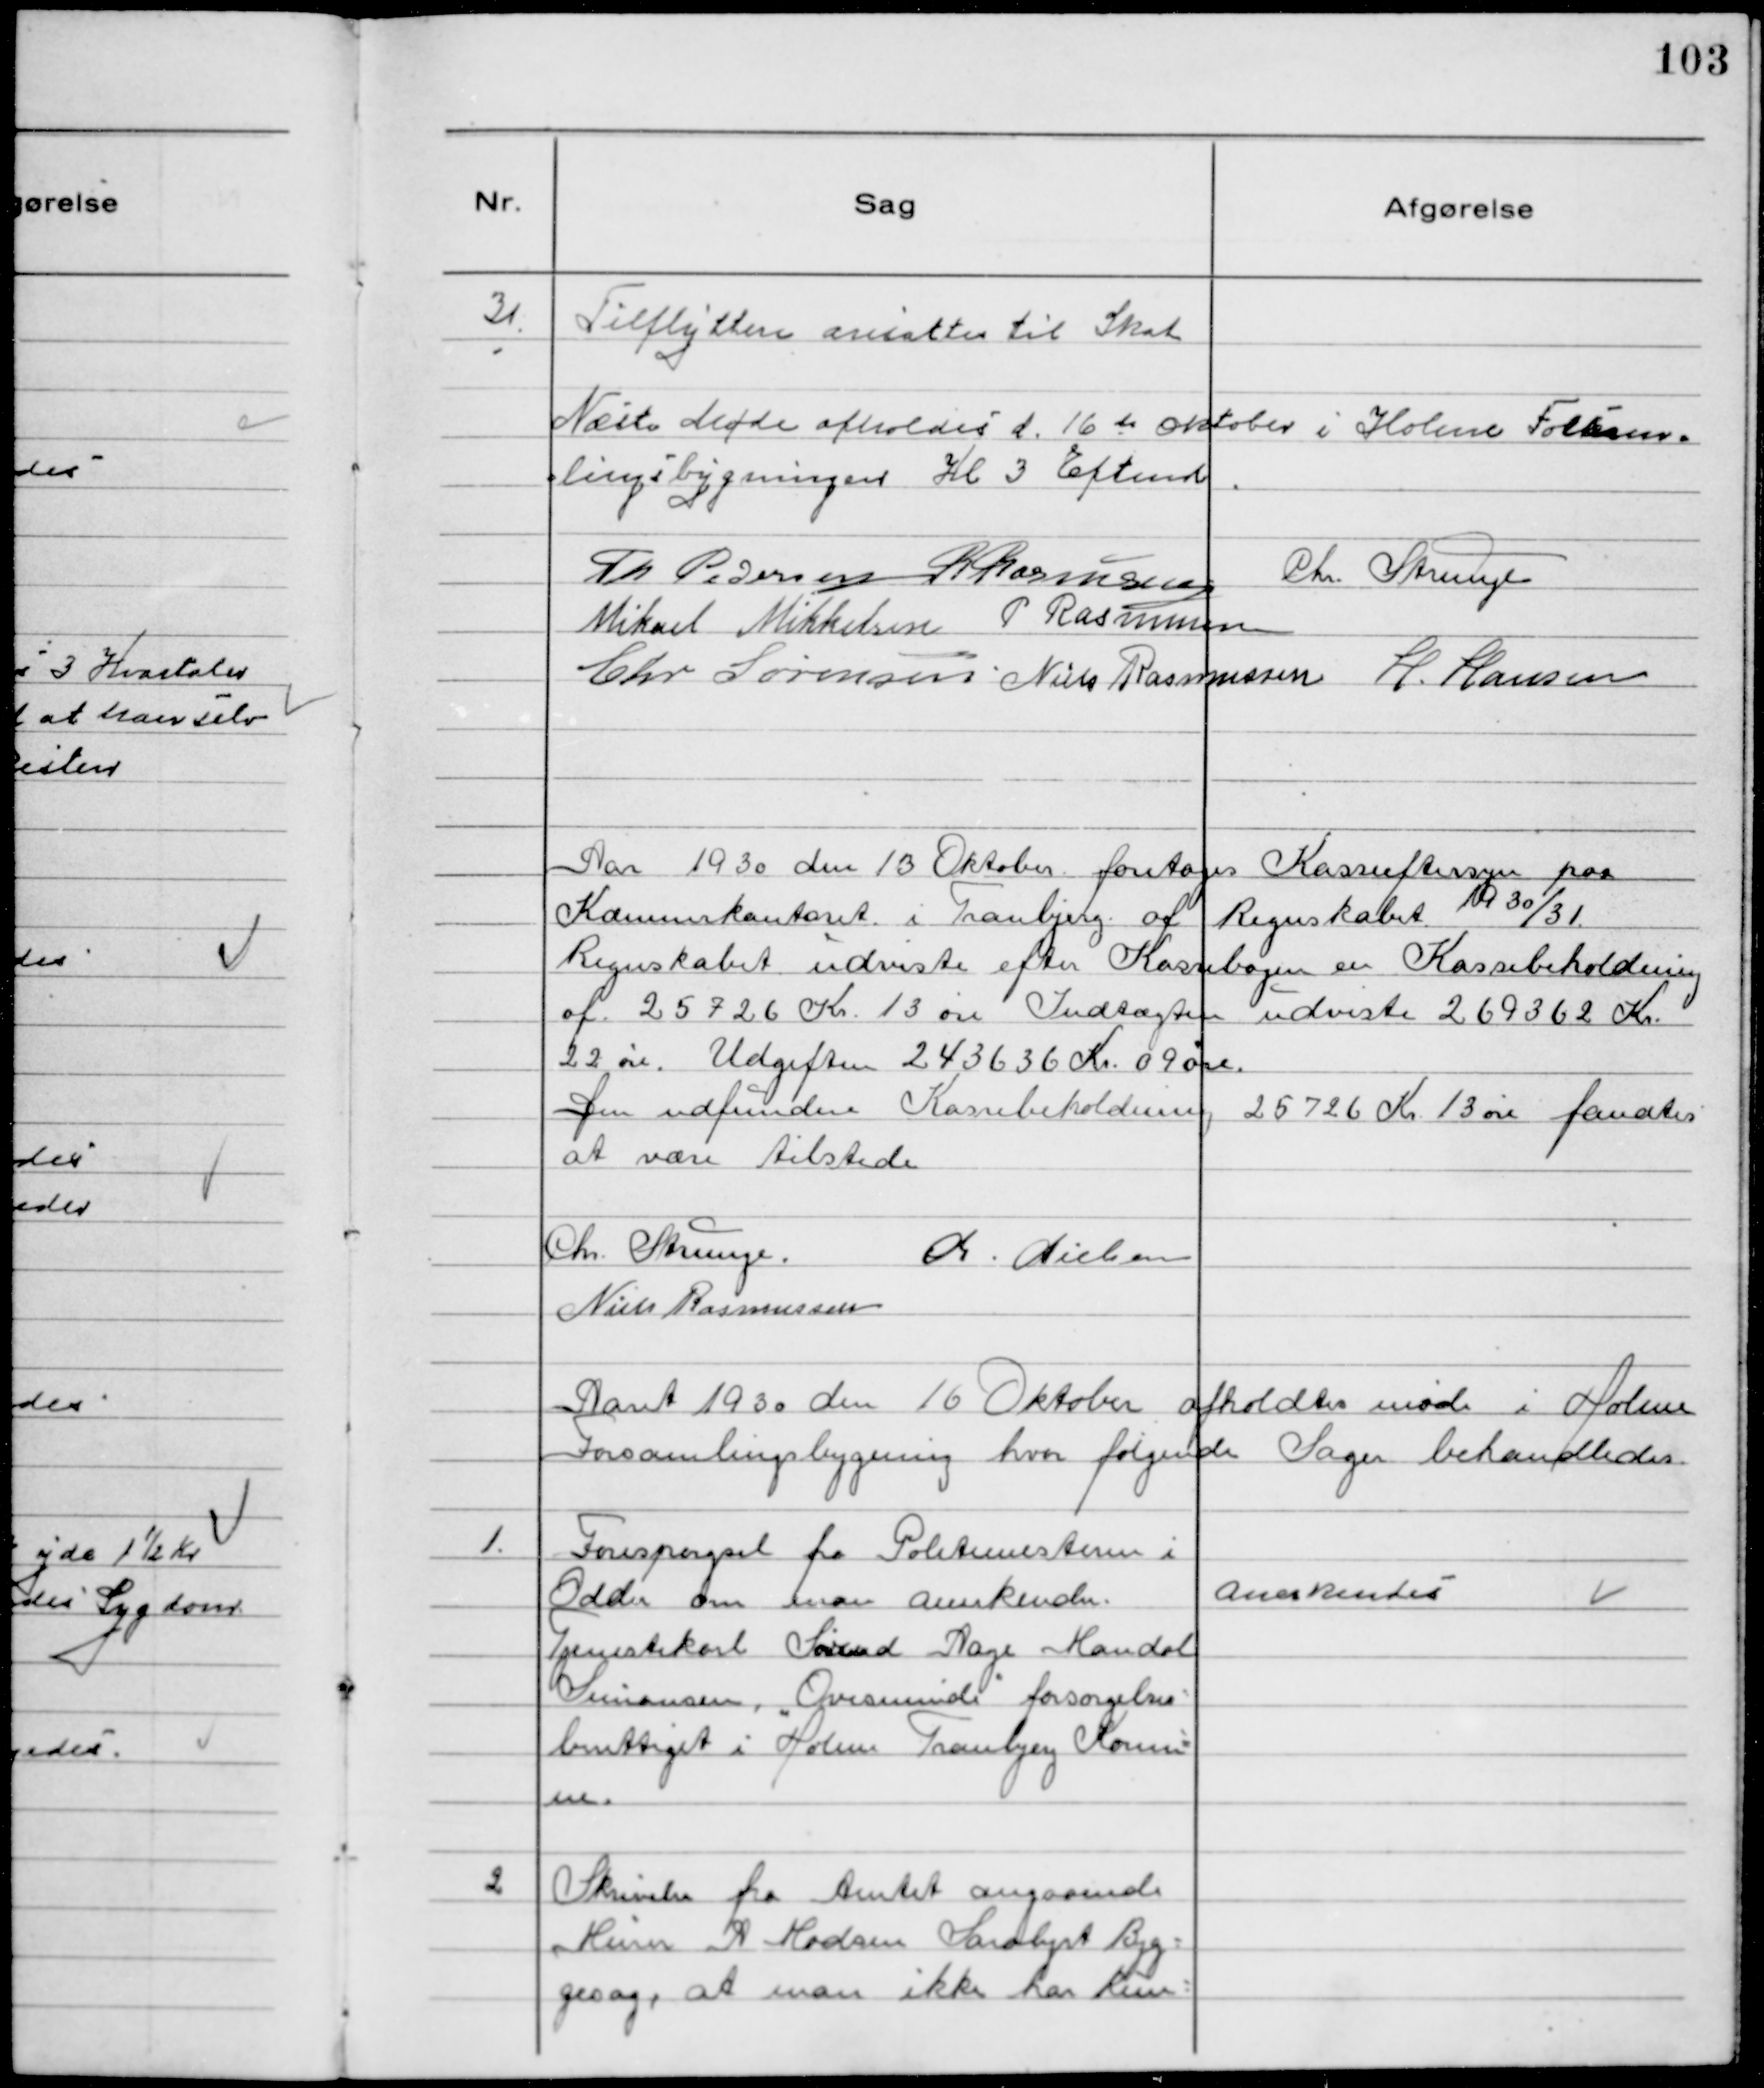
Transskription:
31.
Tilflyttere anvistes til Skat

Næste Møde Afholdes d. 16 te Oktober i Holme Forsam-
lingsbygningen Kl 3 Eftemd.
Th Pedersen R Rasmussen
Chr. Strunge
Mikael Mikkelsen P Rasmussen
Chr Sørensen Niels Rasmussen H. Hansen

Aar 1930 den 13 Oktober foretoges Kasseeftersyn paa
Kommunekontoret i Tranbjerg af Regnskabet 1930/31.
Regnskabet udviste efter Kassebogen en Kassebeholdning
af 25726 Kr. 13 øre. Indtægten udviste 269362 Kr.
22 øre. Udgiften 243636 Kr. 09 øre.
Den udfundne Kassebeholdning 25726 Kr. 13 øre fandtes
at være tilstede
Chr. Strunge.
Chr. Nielsen
Niels Rasmussen

Aaret 1930 den 16 Oktober afholdtes møde i Holme
Forsamlingsbygning hvor følgende Sager behandledes.

1.
Forespørgsel fra Politimesteren i
Odder om man anerkender
Tjenestekarl Svend Aage Mandal
Simonsen, "Ovesminde" forsørgelses-
berettiget i Holme Tranbjerg Kommu-
ne.

Anerkendes

2
Skrivelse fra Amtet angaaende
Murer A Madsen Saralyst Byg-
gesag, at man ikke har kun-